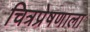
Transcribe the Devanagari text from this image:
चित्रप्रेषणाला